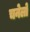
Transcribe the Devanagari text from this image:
चनेलो